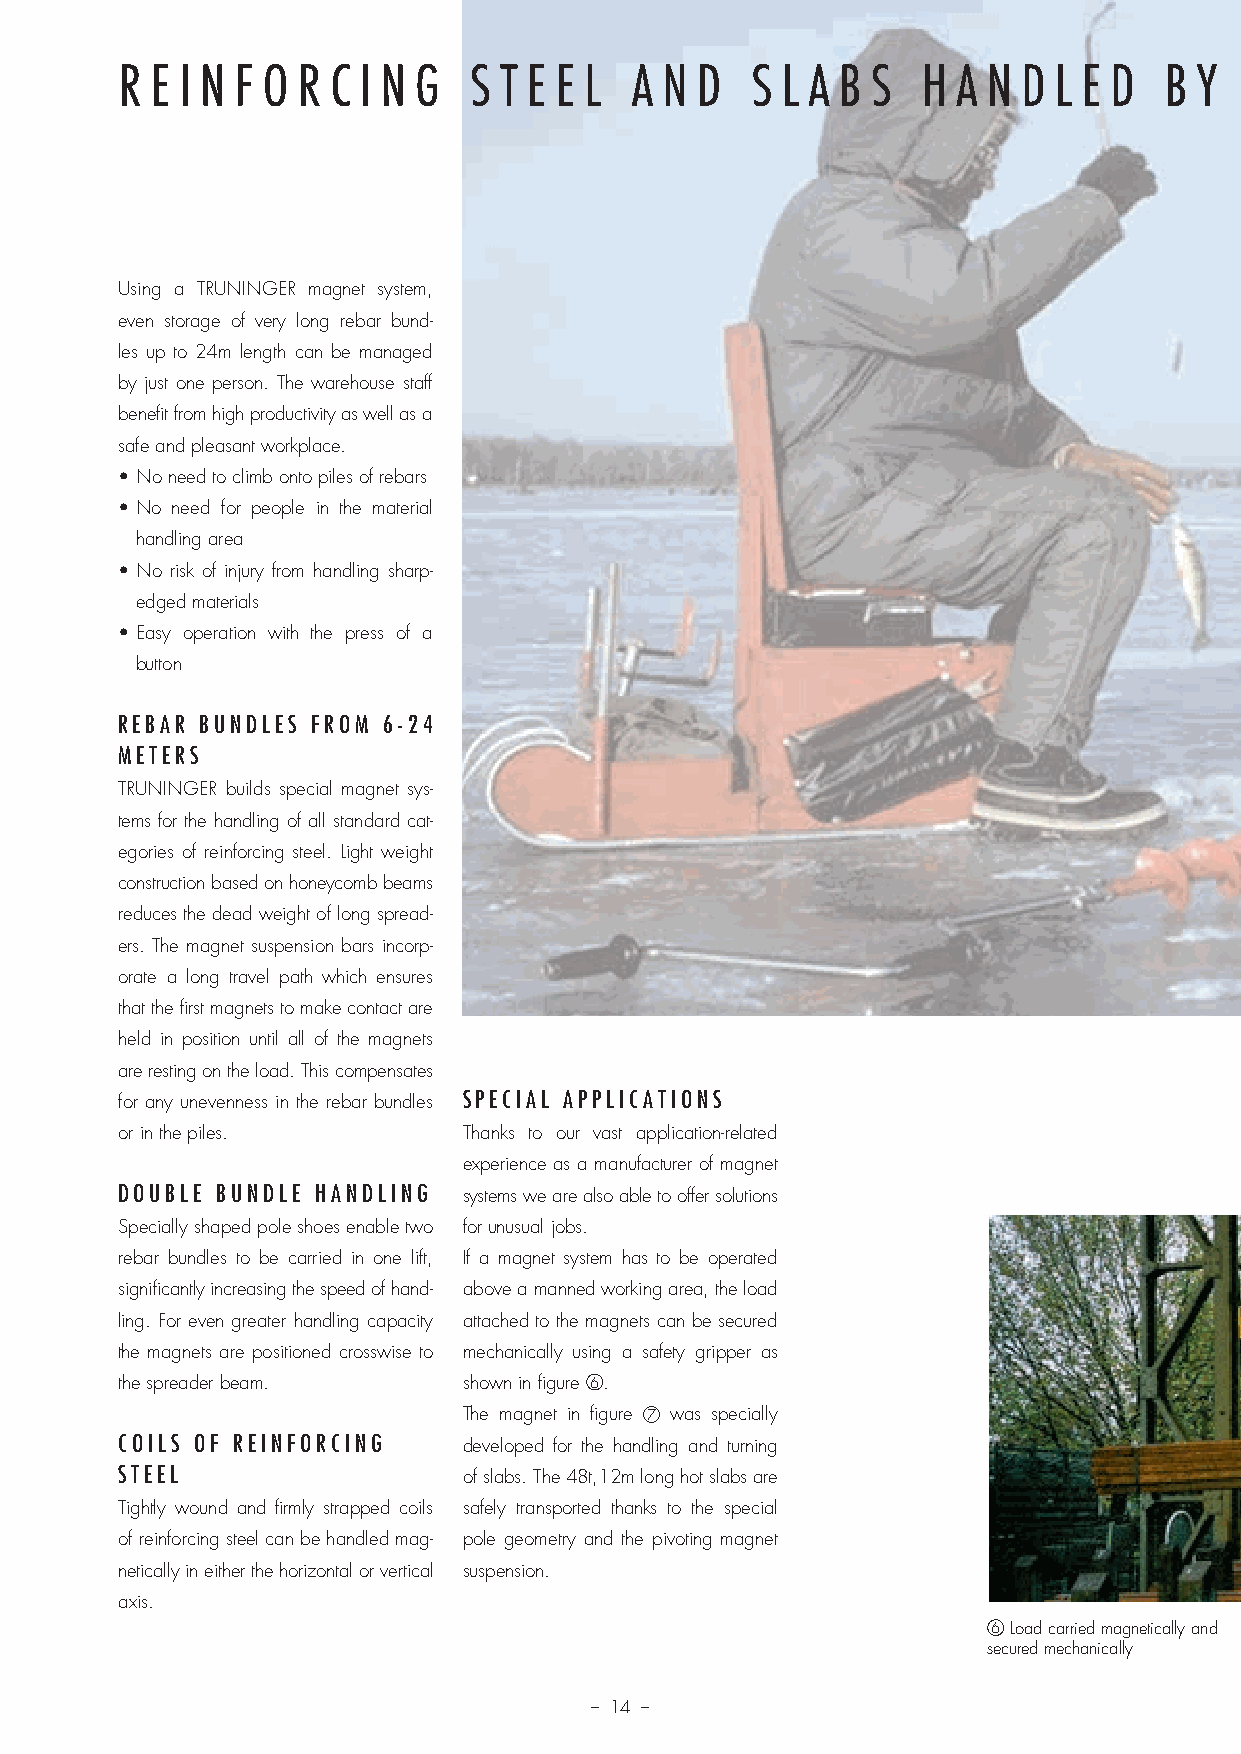
R E I N F O R C I N G  S T E E L  A N D   S L A B S  H A N D  L E D  B Y  O  N E  M  A N   O P E R A T I O N
 Using a TRUNINGER magnet system,
 even storage of very long rebar bund-
 les up to 24m length can be managed
 by just one person. The warehouse staff
 benefit from high productivity as well as a
 safe and pleasant workplace.
 • No need to climb onto piles of rebars
 • No need for people in the material
 handling area
 • No risk of injury from handling sharp-
 edged materials
 • Easy operation with the press of a
 button                                                                    1 High stock density using a magnet system
 REBAR BUNDLES FROM 6-24
 METERS
 TRUNINGER builds special magnet sys-
 tems for the handling of all standard cat-
 egories of reinforcing steel. Light weight
 construction based on honeycomb beams
 reduces the dead weight of long spread-
 ers. The magnet suspension bars incorp-
 orate a long travel path which ensures
 that the first magnets to make contact are
 held in position until all of the magnets
 are resting on the load. This compensates
 for any unevenness in the rebar bundles SPECIAL APPLICATIONS
 or in the piles.       Thanks to our vast application-related
 experience as a manufacturer of magnet
 DOUBLE BUNDLE HANDLING systems we are also able to offer solutions         3 Lifting of double bundles
 Specially shaped pole shoes enable two for unusual jobs.
 rebar bundles to be carried in one lift, If a magnet system has to be operated
 significantly increasing the speed of hand- above a manned working area, the load
 ling. For even greater handling capacity attached to the magnets can be secured
 the magnets are positioned crosswise to mechanically using a safety gripper as
 the spreader beam.     shown in figure 6.
 The magnet in figure 7 was specially
 COILS OF REINFORCING   developed for the handling and turning
 STEEL                  of slabs. The 48t,12m long hot slabs are
 Tightly wound and firmly strapped coils safely transported thanks to the special
 of reinforcing steel can be handled mag- pole geometry and the pivoting magnet
 netically in either the horizontal or vertical suspension.
 axis.
 6 Load carried magnetically and
 secured mechanically
 – 14 –
 Prosp Magnethebetech_v11.indd 14                                       08.12.11 13:57